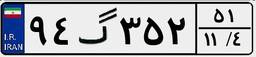
۳۱گ۸۴۰۵۵